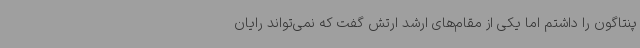
پنتاگون را داشتم اما یکی از مقام‌های ارشد ارتش گفت که نمی‌تواند رایان